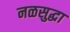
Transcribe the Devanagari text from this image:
नळसुद्धा